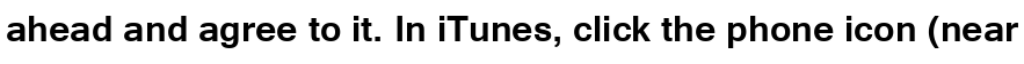
ahead and agree to it. In iTunes, click the phone icon (near